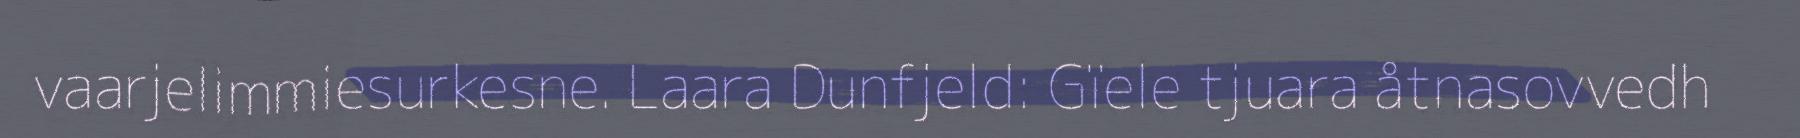
vaarjelimmiesurkesne. Laara Dunfjeld: Gïele tjuara åtnasovvedh